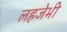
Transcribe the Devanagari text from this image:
लहजेभी